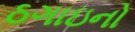
ઠગાઇનો